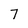
Character: 7